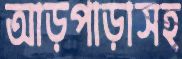
আড়পাড়াসহ